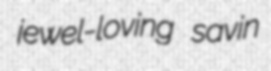
jewel-loving savin